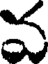
వ